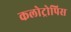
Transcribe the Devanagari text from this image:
कलोट्रोपिस